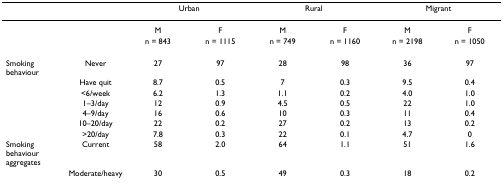
|  |  | <COLSPAN=2> Urban | <COLSPAN=2> Rural | <COLSPAN=2> Migrant |
 | --- | --- | --- | --- | --- | --- | --- | --- |
 |  |  | M | F | M | F | M | F |
 |  |  | n = 843 | n = 1115 | n = 749 | n = 1160 | n = 2198 | n = 1050 |
 | Smoking behaviour | Never | 27 | 97 | 28 | 98 | 36 | 97 |
 |  | Have quit | 8.7 | 0.5 | 7 | 0.3 | 9.5 | 0.4 |
 |  | <6/week | 6.2 | 1.3 | 1.1 | 0.2 | 4.0 | 1.0 |
 |  | 1–3/day | 12 | 0.9 | 4.5 | 0.5 | 22 | 1.0 |
 |  | 4–9/day | 16 | 0.6 | 10 | 0.3 | 11 | 0.4 |
 |  | 10–20/day | 22 | 0.2 | 27 | 0.2 | 13 | 0.2 |
 |  | >20/day | 7.8 | 0.3 | 22 | 0.1 | 4.7 | 0 |
 | Smoking behaviour aggregates | Current | 58 | 2.0 | 64 | 1.1 | 51 | 1.6 |
 |  | Moderate/heavy | 30 | 0.5 | 49 | 0.3 | 18 | 0.2 |